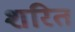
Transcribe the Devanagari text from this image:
शरित